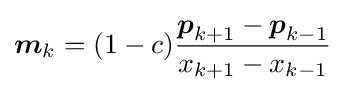
{\boldsymbol {m}}_{k}=(1-c){\frac {{\boldsymbol {p}}_{k+1}-{\boldsymbol {p}}_{k-1}}{x_{k+1}-x_{k-1}}}